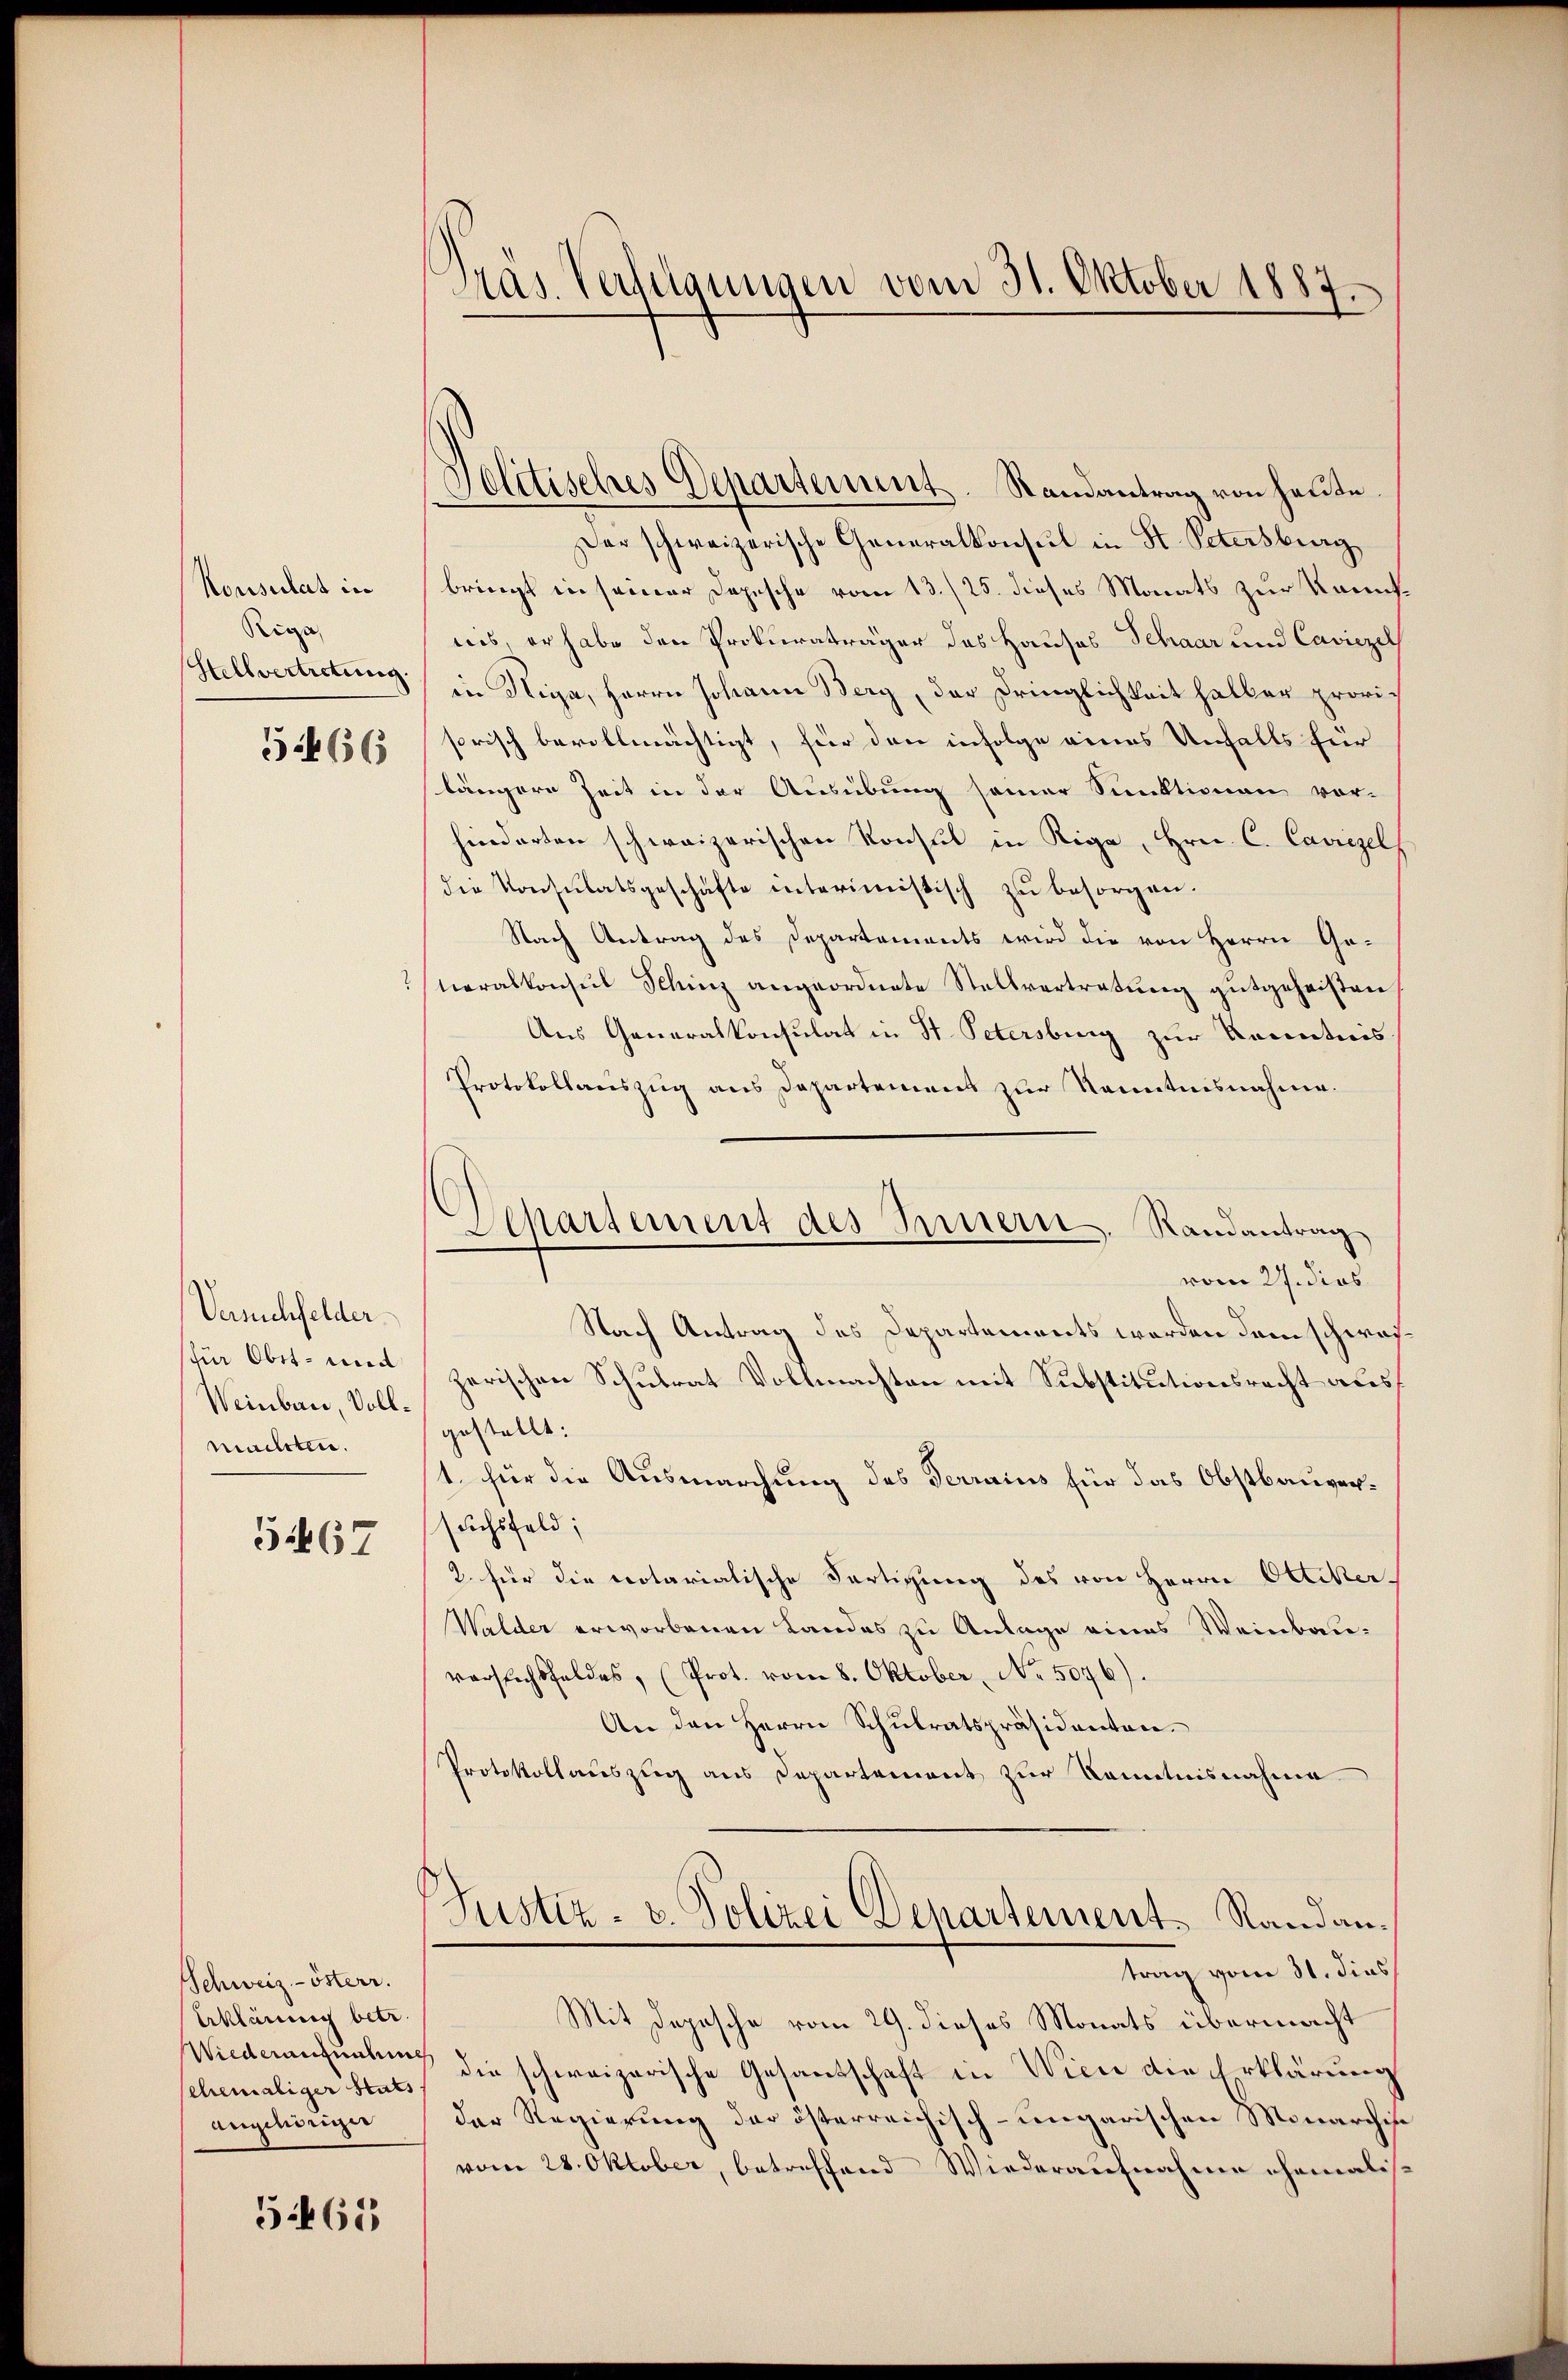
Konsulat in
Riga
Stellvertretung.
5466

Verschfelder
sfür Obst- und
Weinbau, Vollmachten.

5467

Schweiz.- österr.
Erklärung betr.
schemaliger Stats
angehöriger

5465

Präs. Verfügungen vom 31. Oktober 1887.

Politisches Departenunt. Randantrag von heute.
Der schweizerische Generalkonsul in St. Petersburg
bringt in seiner Depesche vom 13./25. dieses Monats zur Kaufnes, er habe den Prokuraträger das Hauses Schaar und Caviezel
in Niga, Herrn Johann Berg, der Dringlichkeit halber provisorisch bevollmächtigt, für den infolge eines Unfalls für
längere Zeit in der Ausübung seiner Sunktionen vor-
hinderten schweizerischen Konsul in Riga, Hrn. C. Caviezel
die Konsulatsgeschäfte interimistisch zu besorgen.
Nach Antrag des Departements wird die von Herrn Ge-
neralkonsul Schinz angeordnete Stellvertretung gutgeheißen,
Aus Generalkonsulat in St. Petersburg zur Kenntnis
Protokollauszug aus Departement zur Kenntnisnahme.
vom 27. dies
Nach Antrag des Departements werden dem schwarzerischen Schulrat Vollmachten mit Substitutionsrecht aus
.
gestellt:
1. für die Ausmarchung des Terrains für das Obstbauversuchsfeld;
2. für die notarialische Fertigung des von Herrn Ottiker¬
Walder erworbenen Landes zu Anlage eines Weinbauverstichsfeldes, (Prot. vom 8. Oktober, No. 5076).
An den Herrn Schulratspräsidenten.
Protokollauszug aus Departement zur Kenntnisnahme
Justiz- u. Polizei Departement Randantrag vom 31. dies
Mit Depesche vom 29. dieses Monats übermacht
Wiedern unkung die schweizerische Gesandschaft in Wien die Erklärung
der Regierung der österreichisch-ungarischen Monarchise
vom 28. Oktober, betreffend Wiederaufnahme ehemalis¬

Departement des Innern. Randantrag